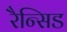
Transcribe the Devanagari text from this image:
रैन्सिड